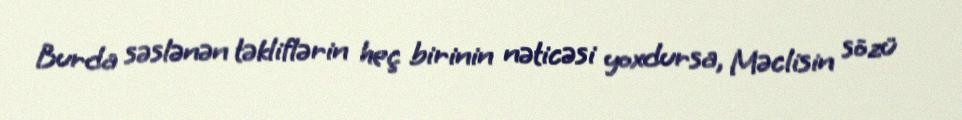
Burda səslənən təkliflərin heç birinin nəticəsi yoxdursa, Məclisin sözü